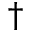
^ { \dagger }